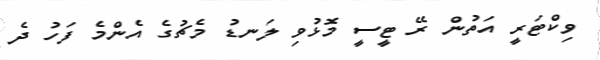
ވިކްޓަރީ އަތުން ރޭ ޓީސީ މޮޅުވި ލަނޑު މެޗުގެ އެންމެ ފަހު ދެ